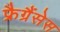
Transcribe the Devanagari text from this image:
फ्रैग्रैंसेस